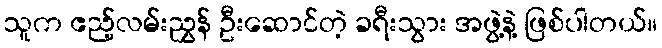
သူက ဧည့်လမ်းညွှန် ဦးဆောင်တဲ့ ခရီးသွား အဖွဲ့နဲ့ ဖြစ်ပါတယ်။